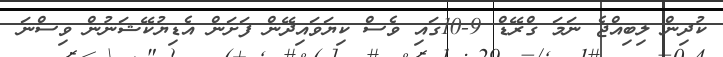
ކުދިން ލިބިއްޖެ ނަމަ ގްރޭޑް 9-10ގައި ވެސް ކިޔަވައިދޭން ފަށަން އެޑިޔުކޭޝަނުން ވިސްނަ